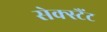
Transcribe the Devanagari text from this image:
सेक्स्टैंट